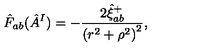
\hat { F } _ { a b } ( \hat { A } _ { } ^ { I } ) = - \frac { 2 \hat { \xi } _ { a b } ^ { + } } { \left( r ^ { 2 } + \rho ^ { 2 } \right) ^ { 2 } } ,